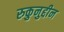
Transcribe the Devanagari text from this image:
रुकुनुद्दीन